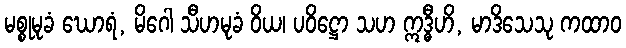
မစ္စုမုခံ ဃောရံ, မိဂေါ သီဟမုခံ ဝိယ၊ ပဝိဋ္ဌော သဟ ဣဒ္ဓီဟိ, မာဒိသေသု ကထာဝ